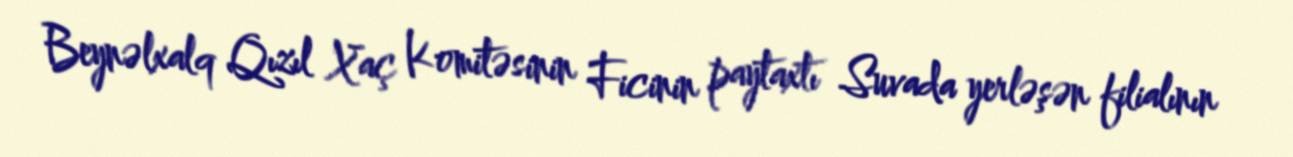
Beynəlxalq Qızıl Xaç Komitəsinin Ficinin paytaxtı Suvada yerləşən filialının